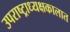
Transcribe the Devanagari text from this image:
उपराष्ट्राध्यक्षकालात